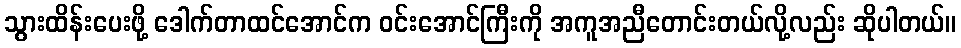
သွားထိန်းပေးဖို့ ဒေါက်တာထင်အောင်က ဝင်းအောင်ကြီးကို အကူအညီတောင်းတယ်လို့လည်း ဆိုပါတယ်။